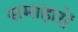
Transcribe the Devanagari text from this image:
समाहारों